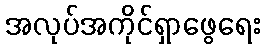
အလုပ်အကိုင်ရှာဖွေရေး